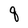
Character: q